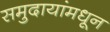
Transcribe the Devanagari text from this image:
समुदायांमधून